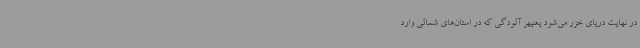
در نهایت دریای خزر می‌شود یعنیهر آلودگی که در استان‌های شمالی وارد